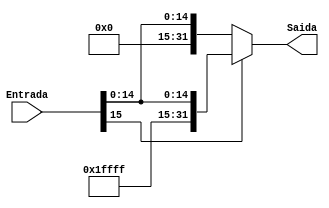
module ExtensorDeSinal(Entrada,Saida);
	input [15:0] Entrada;
	output reg [31:0] Saida;

	always@(*)
	begin
		if( Entrada[15] == 1'B1 )
		begin
			Saida = {{16{1'B1}},Entrada};
		end
		else
		begin
			Saida = {{16{1'B0}},Entrada};
		end
	end

endmodule